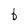
Character: b